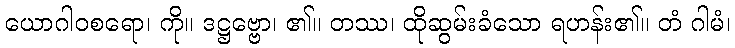
ယောဂါဝစရော၊ ကို။ ဒဋ္ဌဗ္ဗော၊ ၏။ တဿ၊ ထိုဆွမ်းခံသော ရဟန်း၏။ တံ ဂါမံ၊